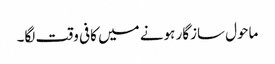
ماحول سازگار ہونے میں کافی وقت لگا۔